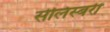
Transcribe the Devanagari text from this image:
सेलिस्बरी